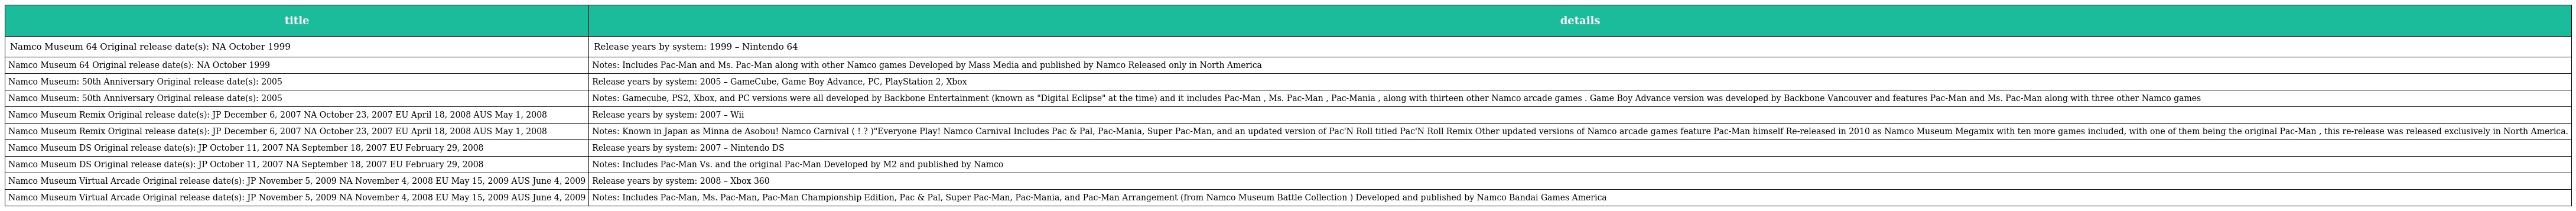
| title | details |
 | --- | --- |
 | Namco Museum 64 Original release date(s): NA October 1999 | Release years by system: 1999 – Nintendo 64 |
 | Namco Museum 64 Original release date(s): NA October 1999 | Notes: Includes Pac-Man and Ms. Pac-Man along with other Namco games Developed by Mass Media and published by Namco Released only in North America |
 | Namco Museum: 50th Anniversary Original release date(s): 2005 | Release years by system: 2005 – GameCube, Game Boy Advance, PC, PlayStation 2, Xbox |
 | Namco Museum: 50th Anniversary Original release date(s): 2005 | Notes: Gamecube, PS2, Xbox, and PC versions were all developed by Backbone Entertainment (known as "Digital Eclipse" at the time) and it includes Pac-Man , Ms. Pac-Man , Pac-Mania , along with thirteen other Namco arcade games . Game Boy Advance version was developed by Backbone Vancouver and features Pac-Man and Ms. Pac-Man along with three other Namco games |
 | Namco Museum Remix Original release date(s): JP December 6, 2007 NA October 23, 2007 EU April 18, 2008 AUS May 1, 2008 | Release years by system: 2007 – Wii |
 | Namco Museum Remix Original release date(s): JP December 6, 2007 NA October 23, 2007 EU April 18, 2008 AUS May 1, 2008 | Notes: Known in Japan as Minna de Asobou! Namco Carnival ( みんなで遊ぼう!ナムコカーニバル ? )"Everyone Play! Namco Carnival Includes Pac & Pal, Pac-Mania, Super Pac-Man, and an updated version of Pac'N Roll titled Pac'N Roll Remix Other updated versions of Namco arcade games feature Pac-Man himself Re-released in 2010 as Namco Museum Megamix with ten more games included, with one of them being the original Pac-Man , this re-release was released exclusively in North America. |
 | Namco Museum DS Original release date(s): JP October 11, 2007 NA September 18, 2007 EU February 29, 2008 | Release years by system: 2007 – Nintendo DS |
 | Namco Museum DS Original release date(s): JP October 11, 2007 NA September 18, 2007 EU February 29, 2008 | Notes: Includes Pac-Man Vs. and the original Pac-Man Developed by M2 and published by Namco |
 | Namco Museum Virtual Arcade Original release date(s): JP November 5, 2009 NA November 4, 2008 EU May 15, 2009 AUS June 4, 2009 | Release years by system: 2008 – Xbox 360 |
 | Namco Museum Virtual Arcade Original release date(s): JP November 5, 2009 NA November 4, 2008 EU May 15, 2009 AUS June 4, 2009 | Notes: Includes Pac-Man, Ms. Pac-Man, Pac-Man Championship Edition, Pac & Pal, Super Pac-Man, Pac-Mania, and Pac-Man Arrangement (from Namco Museum Battle Collection ) Developed and published by Namco Bandai Games America |